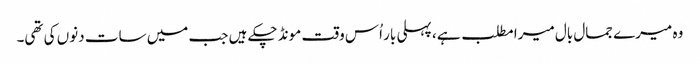
وہ میرے جمال بال میرا مطلب ہے ، پہلی بار اُس وقت مونڈ چکے ہیں جب میں سات دنوں کی تھی۔